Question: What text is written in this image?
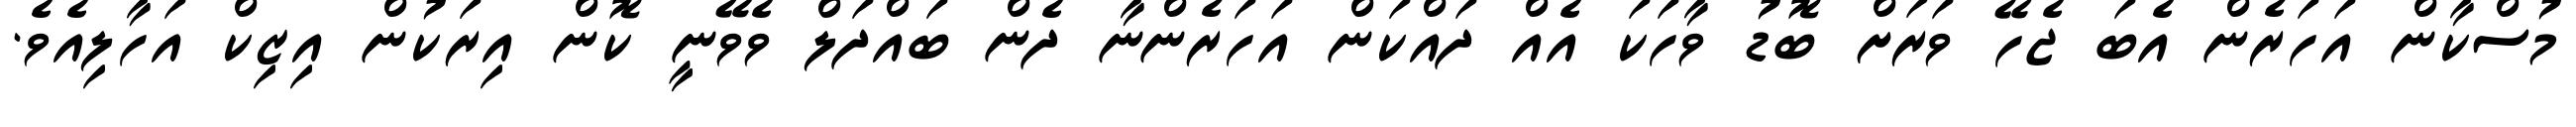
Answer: މުސްކާން އަހަރެން އެބަ ޖެހޭ ވަރަށް ބޮޑު ވާހަކަ އެއް ދައްކަން އަހަރެންނާ ދެން ބައްދަލް ވެވޭނީ ކޮން އިރަކުން އިޒިކް އަހާލިއެވެ.